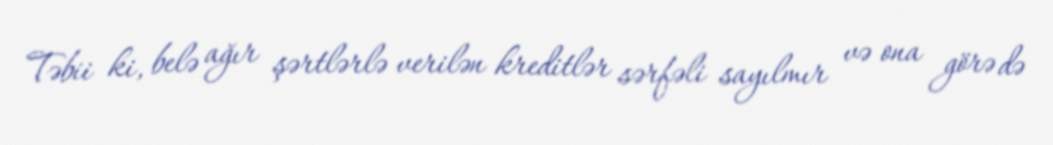
Təbii ki, belə ağır şərtlərlə verilən kreditlər sərfəli sayılmır və ona görə də